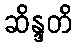
ဆိန္ဒတိ